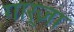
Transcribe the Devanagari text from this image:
गार्ज़ा